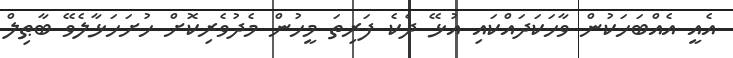
އެއީ އެއްބަހަކުން ވާހަކަދައްކައި އުޅޭ ދެކެ ފަރިތަ މީހުން މެދުވެރިކޮށް ހުށަހަޅާލެވޭ ބާޠިލް